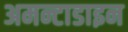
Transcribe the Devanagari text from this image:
अमन्टाडाइन